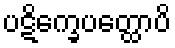
ပဋိက္ခေပတ္ထောပိ